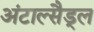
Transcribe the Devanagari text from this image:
अंटाल्सैड्ल